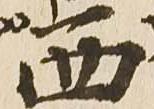
西